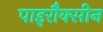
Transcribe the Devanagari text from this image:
पाइरौक्सीन